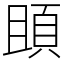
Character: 䪶